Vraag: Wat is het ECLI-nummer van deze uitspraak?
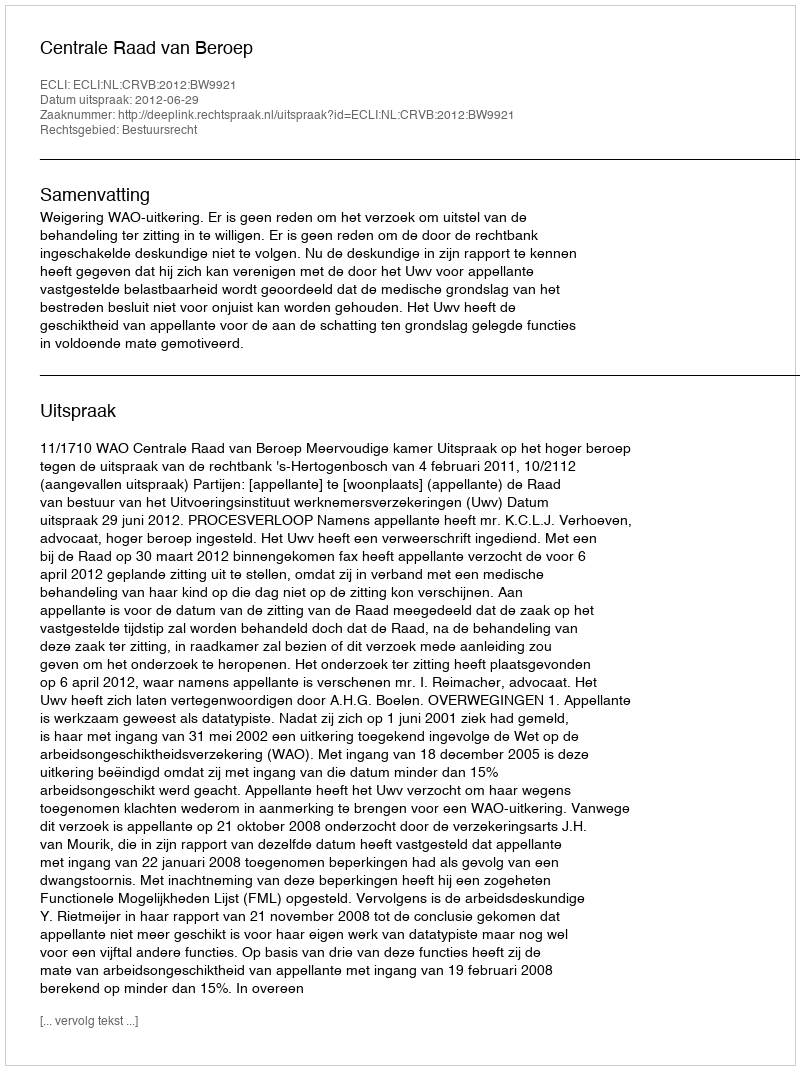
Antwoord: ECLI:NL:CRVB:2012:BW9921